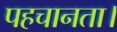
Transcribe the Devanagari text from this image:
पहचानता।